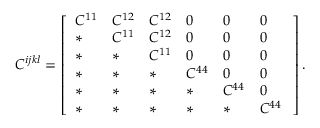
C ^ { i j k l } = \left[ \begin{array} { l l l l l l } { C ^ { 1 1 } } & { C ^ { 1 2 } } & { C ^ { 1 2 } } & { 0 } & { 0 } & { 0 } \\ { * } & { C ^ { 1 1 } } & { C ^ { 1 2 } } & { 0 } & { 0 } & { 0 } \\ { * } & { * } & { C ^ { 1 1 } } & { 0 } & { 0 } & { 0 } \\ { * } & { * } & { * } & { C ^ { 4 4 } } & { 0 } & { 0 } \\ { * } & { * } & { * } & { * } & { C ^ { 4 4 } } & { 0 } \\ { * } & { * } & { * } & { * } & { * } & { C ^ { 4 4 } \, } \end{array} \right] .